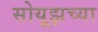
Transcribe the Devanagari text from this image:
सोयूझच्या